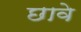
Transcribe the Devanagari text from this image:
छावे